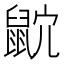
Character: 𪕎